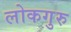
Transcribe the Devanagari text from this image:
लोकगुरु